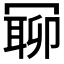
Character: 𠖛